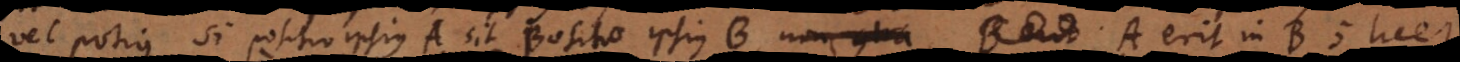
vel potius si positio ipsius A sit positio ipsius B, non contra, B erit A erit in B; licet